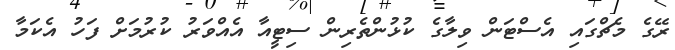
ރޭގެ މެޗްގައި އެސްޓަން ވިލާގެ ކުޅުންތެރިން ސިޓީއާ އެއްވަރު ކުރުމަށް ފަހު އެކަމާ